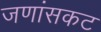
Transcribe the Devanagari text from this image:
जणांसकट